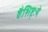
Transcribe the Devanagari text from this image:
वैशिष्ट्ःये